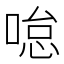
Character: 𠷂